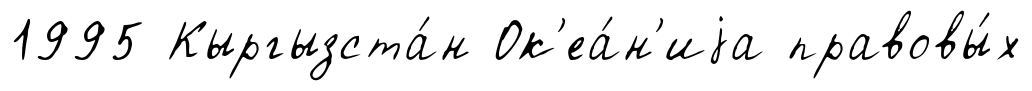
1995 Кыргызста́н Ок'еа́н'иjа правовы́х